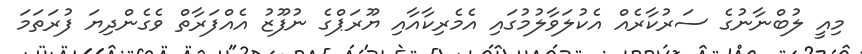
މިއީ ލުބްނާނުގެ ސަރުކާރެއް އެކުލަވާލުމުގައި އެމެރިކާއާއި ޔޫރަޕްގެ ނުފޫޒު އެއްފަރާތް ވެގެންދިޔަ ފުރަތަމަ